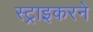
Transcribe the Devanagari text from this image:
स्ट्राइकरने